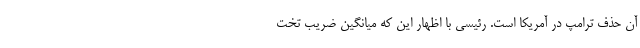
آن حذف ترامپ در آمریکا است. رئیسی با اظهار این که میانگین ضریب تخت